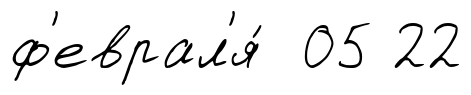
ф'еврал'я́ 05 22